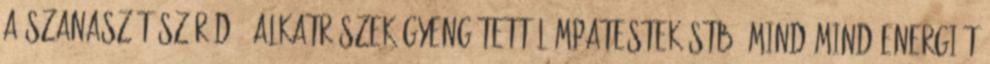
a szanaszét szóródó, alkatrészek gyengített lámpatestek stb. mind-mind energiát